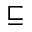
\sqsubseteq